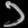
Digit: ၁